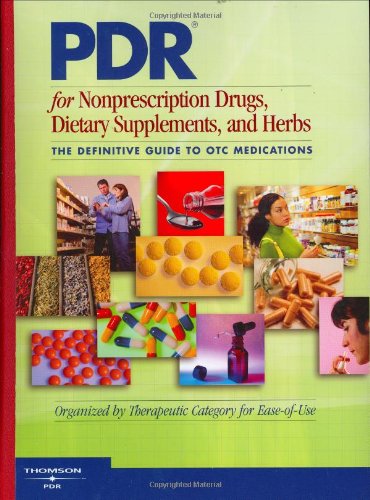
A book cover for PDR for Nonprescription Drugs, Dietary Supplements and Herbs: The Definitive Guide to OTC Medications (Physicians' Desk Reference for Nonprescripton Drugs, Dietary Supplements & Herbs); Medical Books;